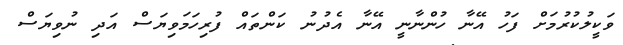
ވަކީލުކުރުމަށް ފަހު އޭނާ ހުންނާނީ އޭނާ އެދުނު ކަންތައް ފުރިހަމަވިޔަސް އަދި ނުވިޔަސް